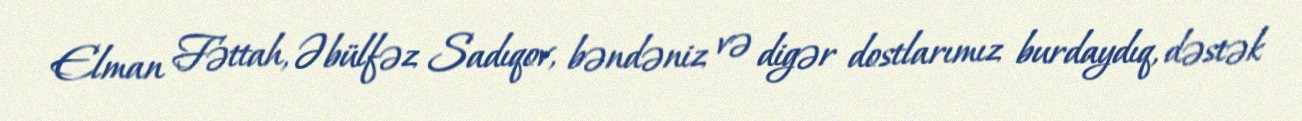
Elman Fəttah, Əbülfəz Sadıqov, bəndəniz və digər dostlarımız burdaydıq, dəstək